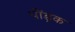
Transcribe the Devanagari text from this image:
पोंड्रक